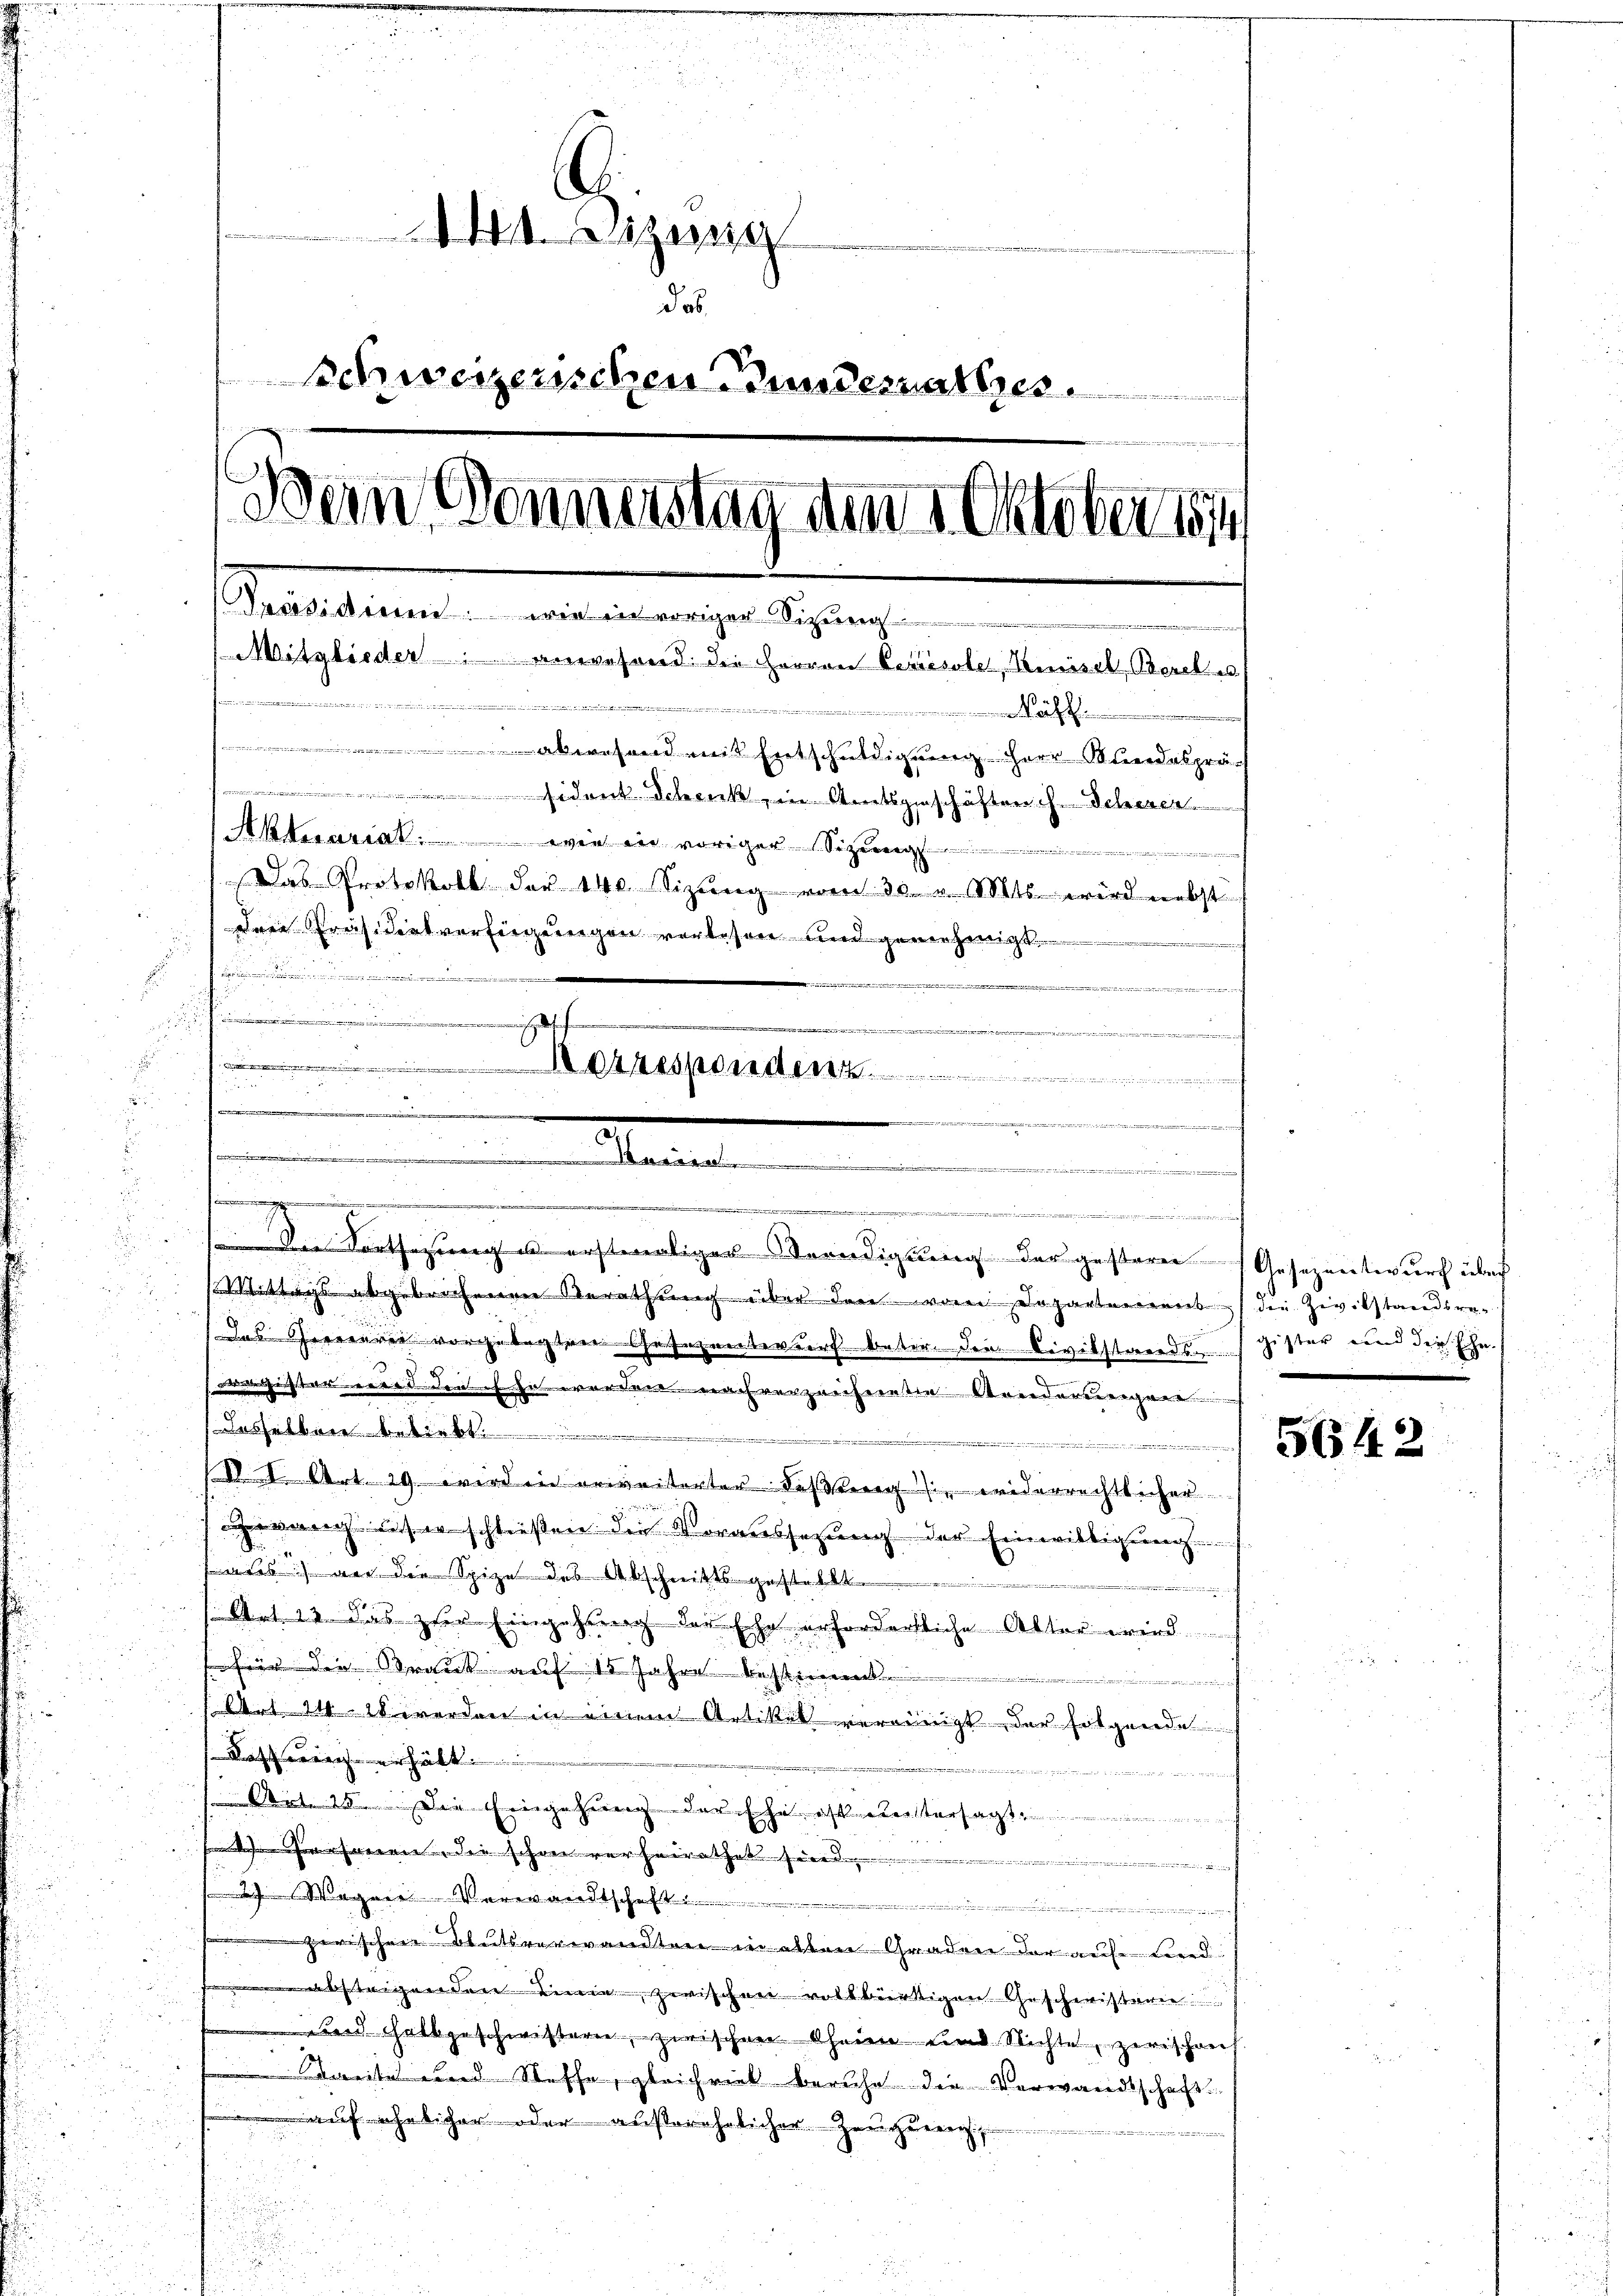
141. Sizung
das
Schweizerischen Bundesrathes.
Bern Donnerstag am 1. Oktober 1814
Präsidium: wie in voriger Sizung
Mitglieder: anwesend die Herren Bekiessler, Reisel, Obercles
e
i
h
a mit Entschuldigung Herr Mordespräch
 iden Schenk, in Amtsgeschäften c. Scheuer
Aktuariat. Wie in voriger Sizung
i
Das Protokoll der 140. Sizung vom 30. v. Mts. wird nebst
dren Präsidialverfügungen verlesen und genehmigt.

u
.
E

.

.
uessenden

.
..................................
.

.

d
¬
.
 Mittags abgebrochenen Berathung über den von Departement die Zivilstandsre¬
Das Herreurer vorgelegten Gesezenteurs betr. den Civilstands-Gister und die Ehe-
vagister eine den ich in werden nach verzeichere sie Sonderungen
Dasselben beliebt.  .. ..........................

e
(§. 1. Art. 29. wird in erweisterter deßweg sie widerrechtlicher
gegang unser schließen die Voraussetzung der Einwiltigung

als) war die Spize des Abschnittsgestellt
e
Art. 12. Das zur Eingehung der sehr erforderliche Alter wird.
u
für die Strank auf 15 Jahre bestimmt.
e
Art. 11. et werden in einem Artikel vereinigt, der folgende
Rath wie erhält

s Art. 25. Die Eingehung der sche ist untersagt,

hanen die schon verheirathet sie
Verwandtschaft ....................
zerischen Blutsverwandten in alten Graden der auf Lind
u
22
absteigenden Linie zwischen vollbürtigen Geschwistern

nd Halbgeschwistern, zwischen Oheime und Nichte, zerischens
weite und Steffe, gleichviel beruhe die Verwandtschaft
f ehelicher oder außerehelicher Zeugerer
r

i

.
.
 die Fortfahrung ist erstereitiger Weendigung der gesteren.

Geseznester durch über

5642